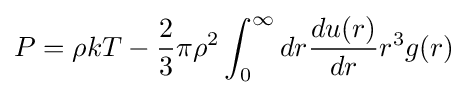
P=\rho kT-{\frac {2}{3}}\pi \rho ^{2}\int _{0}^{\infty }dr{\frac {du(r)}{dr}}r^{3}g(r)